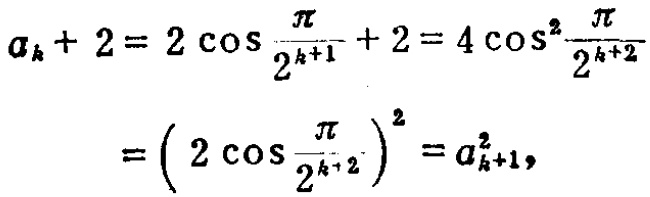
\[
\begin{align*}
a_{k}+2&=2\cos\frac{\pi}{2^{k + 1}}+2 = 4\cos^{2}\frac{\pi}{2^{k+2}}\\
&=\left(2\cos\frac{\pi}{2^{k + 2}}\right)^{2}=a_{k + 1}^{2},
\end{align*}
\]